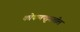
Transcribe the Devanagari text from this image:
कोकणपट्ट्यातील